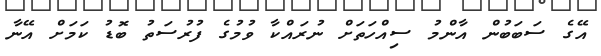
އޭގެ ސަބަބުން އާންމު ސިއްހަތަށް ނުރައްކާ ވުމުގެ ފުރުސަތު ބޮޑު ކަމަށް އޭނާ